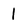
Character: l